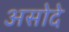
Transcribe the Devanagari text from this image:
असोदे